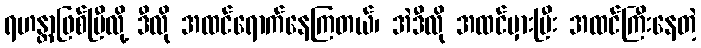
ရဟန္တာဖြစ်ပြီလို့ ဒီလို အထင်ရောက်နေကြတယ်၊ အဲဒီလို အထင်မှားပြီး အထင်ကြီးနေတဲ့